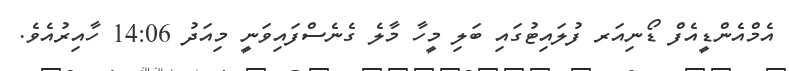
އެމްއެންޑީއެފް ޑޯނިއަރ ފުލައިޓުގައި ބަލި މީހާ މާލެ ގެނެސްފައިވަނީ މިއަދު 14:06 ހާއިރުއެވެ.